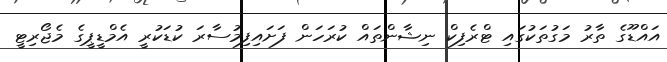
އައްޑޫގެ ތާރު މަގުތަކުގައި ޓްރެފިކް ނިޝާންތައް ކުރަހަން ފަށައިފިމުސާރަ ކުޑަކުރީ އެމްޑީޕީގެ މެޖޯރިޓީ